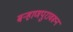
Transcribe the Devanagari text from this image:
बऱ्हाणपुरावरून